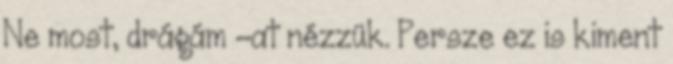
Ne most, drágám -at nézzük. Persze ez is kiment